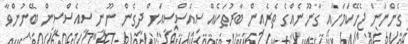
ގެންނަން ޖެހޭކަމަށާއި ގާނޫނެއްގެ ތެރެއިން ބާރުތަކެއް ސިއެސްސީއަށް ދީގެން ނޫނީ ސީއެސްސީން ބޭނުންވާ